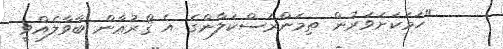
"ހަމަކަށަވަރުން ތިމަންރަސްކަލާންގެ އެ ޤްރުޢާން ބާވާލެއްވީ